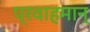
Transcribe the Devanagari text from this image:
प्रवाहमान्